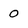
Character: 0